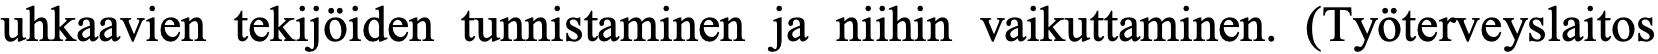
uhkaavien tekijöiden tunnistaminen ja niihin vaikuttaminen. (Työterveyslaitos